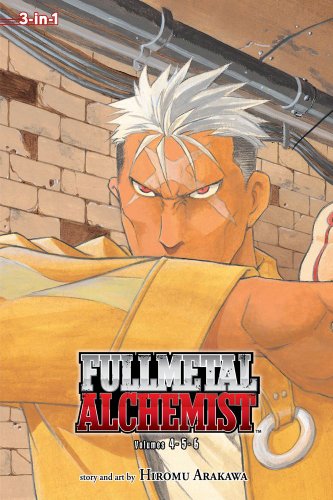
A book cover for Fullmetal Alchemist, Vol. 4-6 (Fullmetal Alchemist 3-in-1); Hiromu Arakawa; Comics & Graphic Novels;